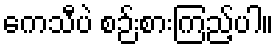
ကေသီပဲ စဉ်းစားကြည့်ပါ။